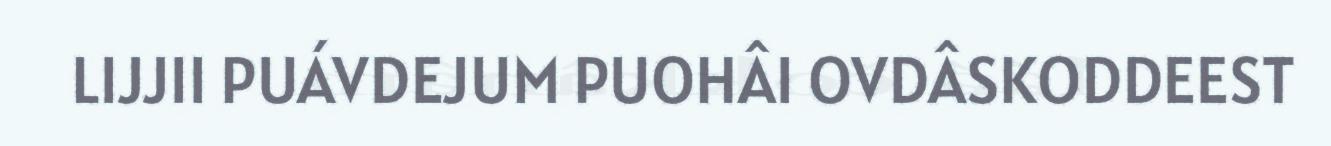
LIJJII PUÁVDEJUM PUOHÂI OVDÂSKODDEEST